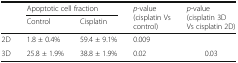
<table><thead><tr><td rowspan="2"></td><td colspan="2"><b>Apoptotic cell fraction</b></td><td rowspan="2"><b><i>p</i>-value(cisplatin Vs control)</b></td><td rowspan="2"><b><i>p</i>-value (cisplatin 3D Vs cisplatin 2D)</b></td></tr><tr><td><b>Control</b></td><td><b>Cisplatin</b></td></tr></thead><tbody><tr><td>2D</td><td>1.8 ± 0.4%</td><td>59.4 ± 9.1%</td><td>0.009</td><td></td></tr><tr><td>3D</td><td>25.8 ± 1.9%</td><td>38.8 ± 1.9%</td><td>0.02</td><td>0.03</td></tr></tbody></table>